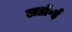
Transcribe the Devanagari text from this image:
लडॉ॰ई